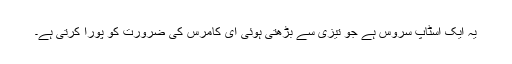
یہ ایک اسٹاپ سروس ہے جو تیزی سے بڑھتی ہوئی ای کامرس کی ضرورت کو پورا کرتی ہے۔